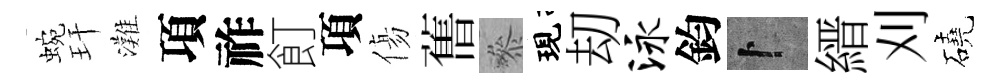
蜿玕灘項祚飣項傷𦾔叅現刧泳鈞卜縉刈磽